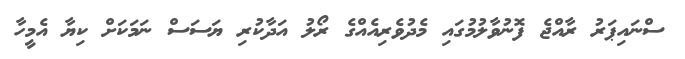
ސްނައިޕަރު ރާއްޖެ ފޮނުވާލުމުގައި މެދުވެރިއެއްގެ ރޯލު އަދާކުރި ޔަސަސް ނަމަކަށް ކިޔާ އެމީހާ